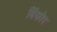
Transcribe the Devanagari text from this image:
बिंकोर